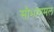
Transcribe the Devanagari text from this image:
सौभागमल